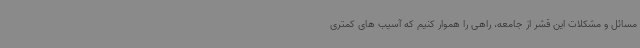
مسائل و مشکلات این قشر از جامعه، راهی را هموار کنیم که آسیب های کمتری